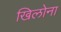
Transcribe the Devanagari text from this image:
खिलोना